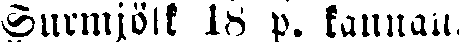
Surmjölk 18 p. kannan,